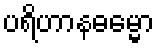
ပရိဟာနဓမ္မော